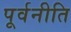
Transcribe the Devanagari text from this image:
पूर्वनीति